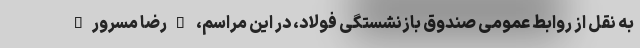
به نقل از روابط عمومی صندوق بازنشستگی فولاد، در این مراسم، "رضا مسرور"